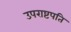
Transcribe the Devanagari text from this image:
उपराष्टपति